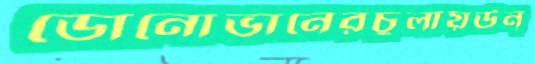
ডোনোভানেরচুলায়উন্